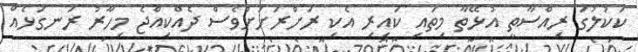
ކަކުލުގަ ރިއްސާތީ އުޅޭތާ މިތައި ކައިރި އެކި ރަށްރަށަށްވެސް ދެއްކިއްޖެ މިހާރު ރަނގަޅެއް